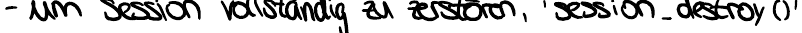
- um Session vollständig zu zerstören, 'session_destroy()'